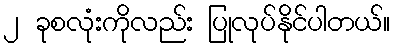
၂ ခုစလုံးကိုလည်း ပြုလုပ်နိုင်ပါတယ်။